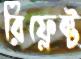
রিফ্লেক্ট